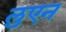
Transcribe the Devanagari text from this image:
लुएन